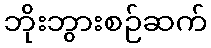
ဘိုးဘွားစဉ်ဆက်